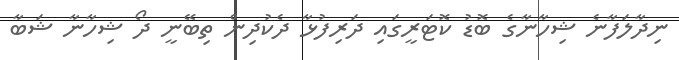
ނިދާލަފާނެ ޝިހާނާގެ ބޮޑު ކޮޓަރީގައި ދަރިފުޅާ ދެކުދިން ތިބޭނީ ދޯ ޝިހާނާ ޝަބާ